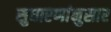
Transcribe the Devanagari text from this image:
सुधारणांनुसार